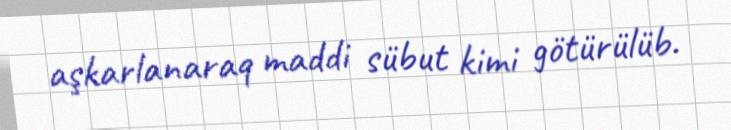
aşkarlanaraq maddi sübut kimi götürülüb.